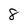
Character: 8